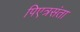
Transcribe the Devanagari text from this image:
पिएत्रसंता